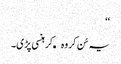
‘‘
یہ سُن کر وہ کھکھلا کر ہنسی پڑی۔